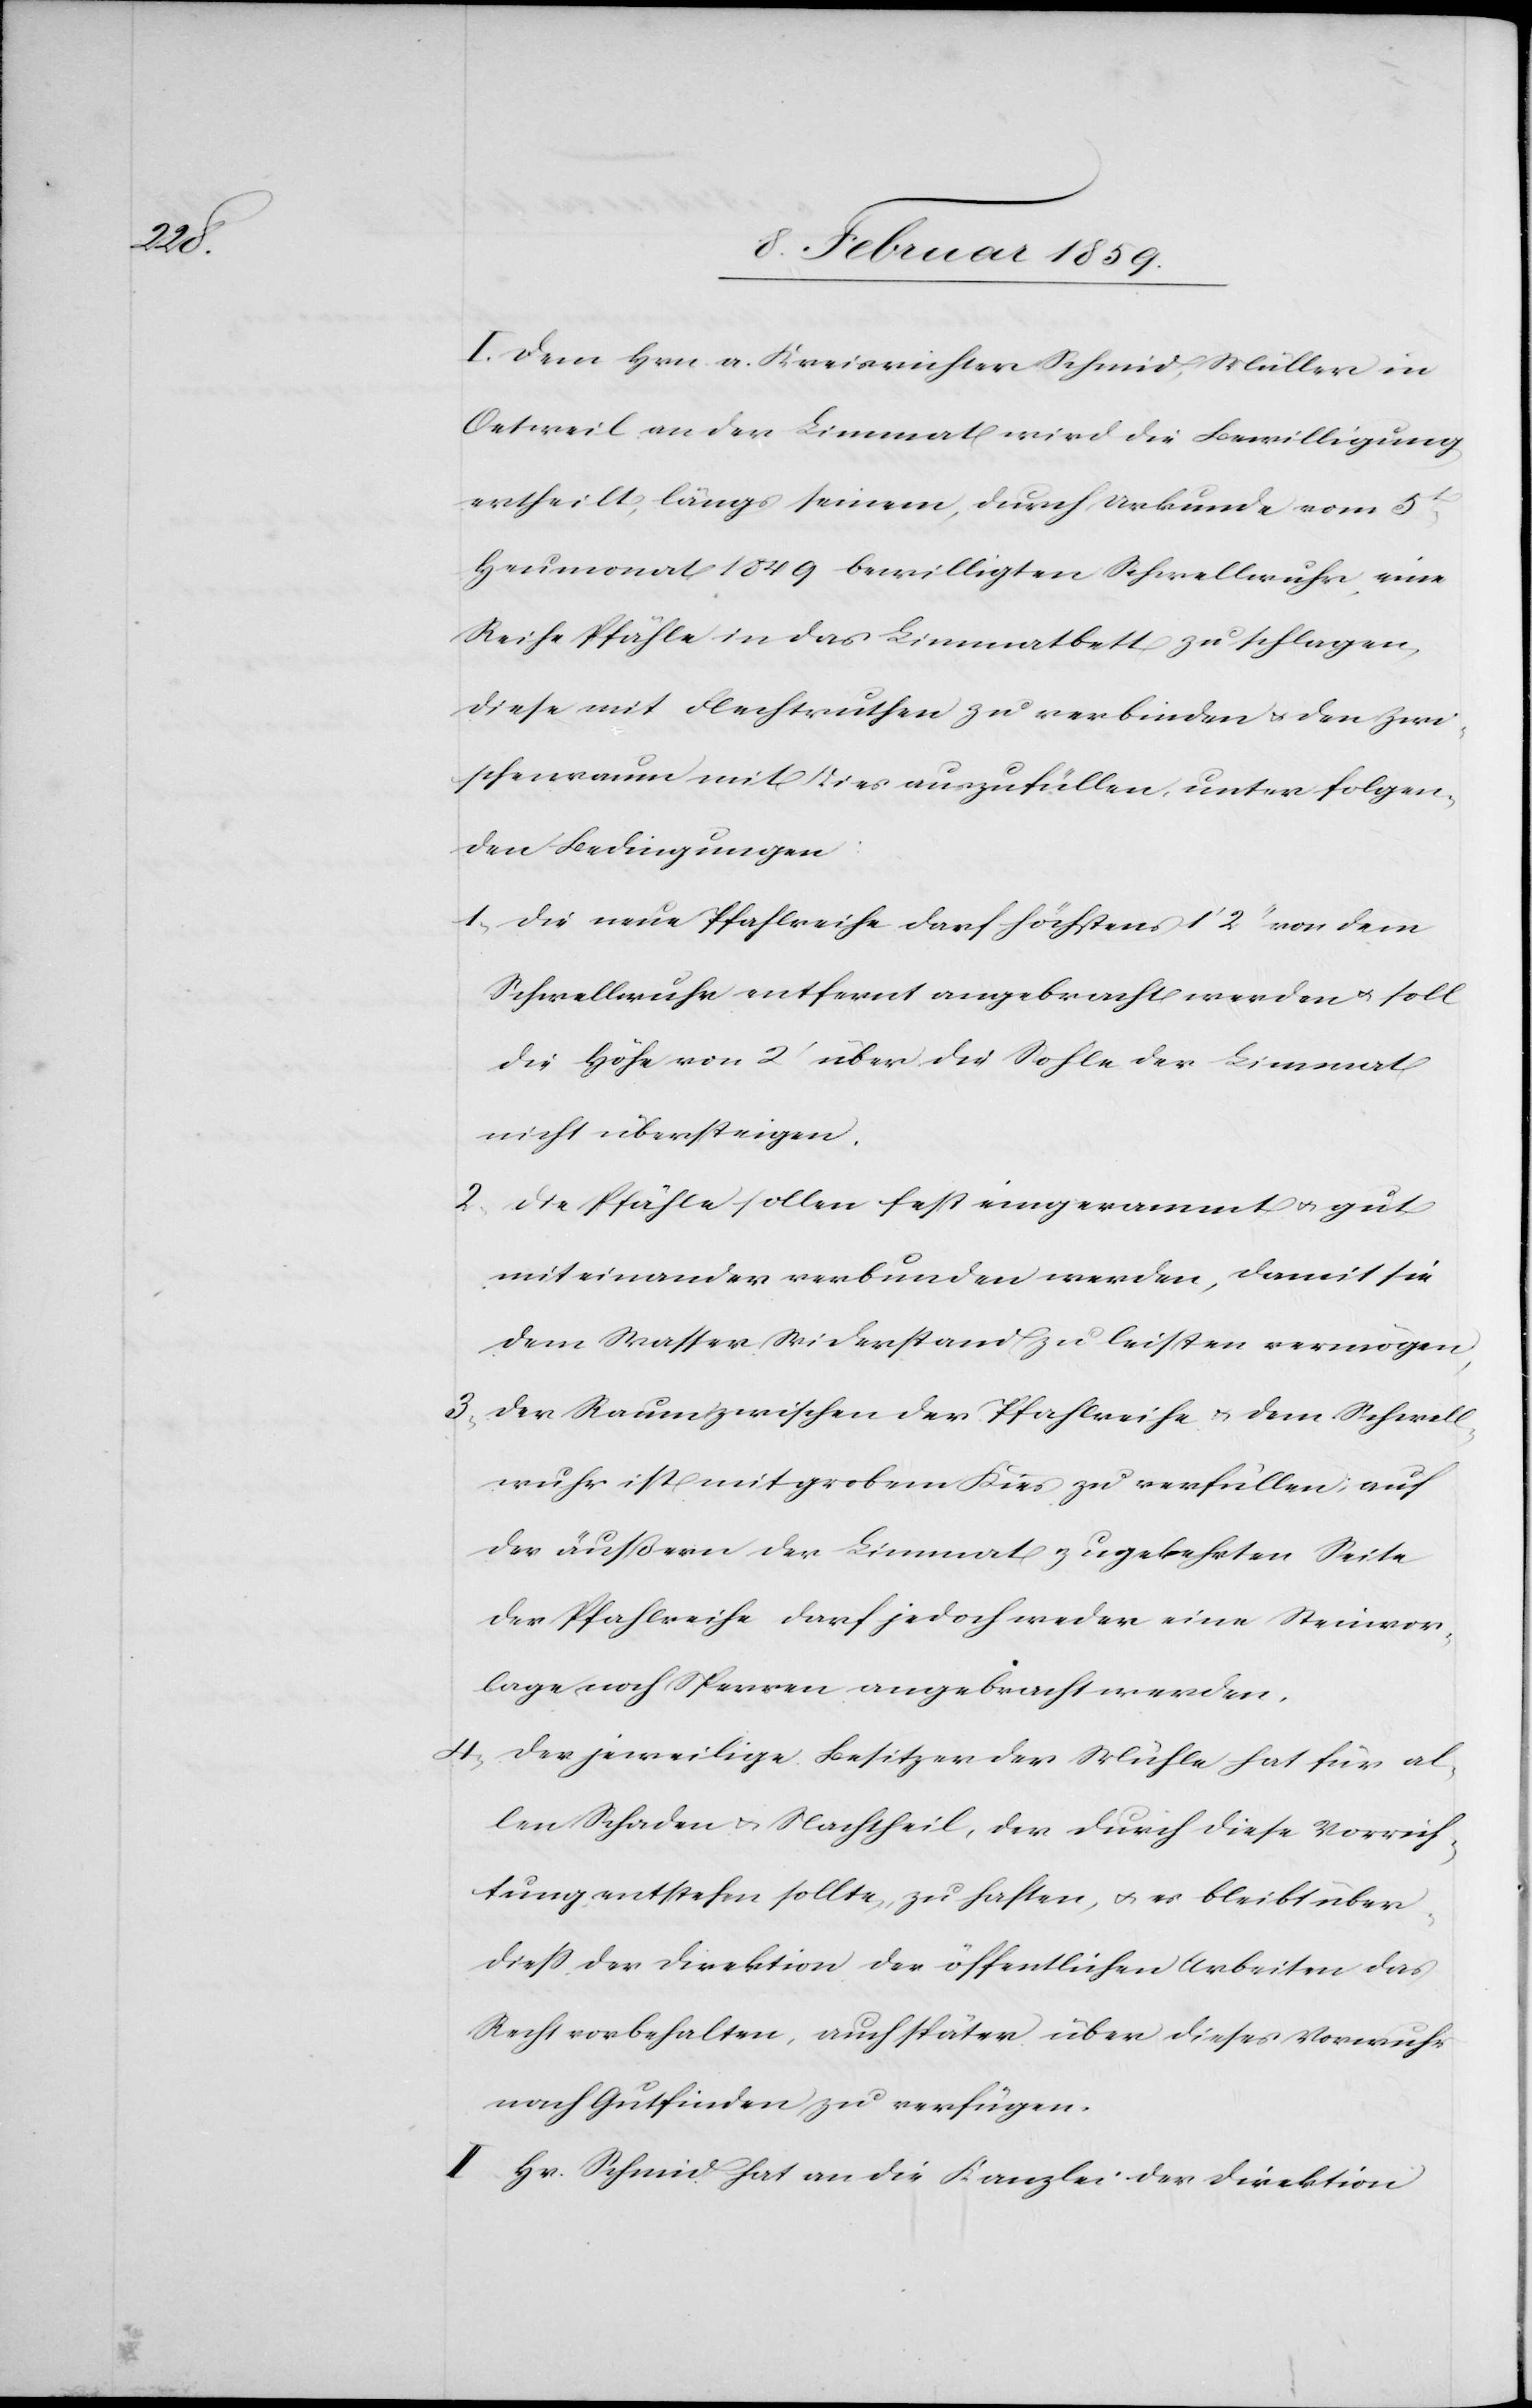
I. Dem Hrn. a. Kreisrichter Schmid, Müller in
Oetweil an der Limmat wird die Bewilligung
ertheilt, längs seinem, durch Urkunde vom 5t
Heumonat 1849 bewilligten Schwellwuhr eine
Reihe Pfähle in das Limmatbett zu schlagen,
diese mit Flechtruthen zu verbinden u. den Zwi¬
schenraum mit Kies auszufüllen, unter folgen¬
den Bedingungen:
1, die neue Pfahlreihe darf höchstens 1‘ 2“ von dem
Schwellwuhr entfernt angebracht werden u. soll
die Höhe von 2‘ über die Sohle der Limmat
nicht übersteigen.
2, Die Pfähle sollen fest eingerammt u. gut
miteinander verbunden werden, damit sie
dem Wasser Widerstand zu leisten vermögen;
3, Der Raum zwischen der Pfahlreihe u. dem Schwell¬
wuhr ist mit grobem Kies zu verfüllen; auf
der äußern der Limmat zugekehrten Seite
der Pfahlreihe darf jedoch weder eine Steinvor¬
lage noch Sperren angebracht werden.
4, Der jeweilige Besitzer der Mühle hat für al¬
len Schaden u. Nachtheil, der durch diese Vorrich¬
tung entstehen sollte, zu haften, u. es bleibt über¬
dieß der Direktion der öffentlichen Arbeiten das
Recht vorbehalten, auch später über dieses Vorwuhr
nach Gutfinden zu verfügen.
II. Hr. Schmid hat an die Kanzlei der Direktion